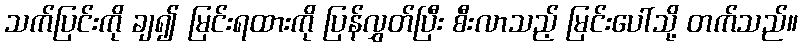
သက်ပြင်းကို ချ၍ မြင်းရထားကို ပြန်လွှတ်ပြီး စီးလာသည့် မြင်းပေါ်သို့ တက်သည်။